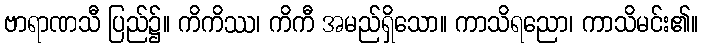
ဗာရာဏသီ ပြည်၌။ ကိကိဿ၊ ကိကီ အမည်ရှိသော။ ကာသိရညော၊ ကာသိမင်း၏။